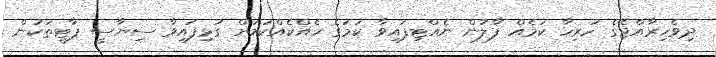
ދިވެހިރާއްޖޭގެ ހުރިހާ ކަމެއް ފާލުން ނެއްޓިފައިވާ ކަމުގެ ހެއްކެއްކަމަށް ގުޅިފައިވާ ސިޔާސީ ޕާޓީތަކުން